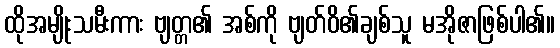
ထိုအမျိုးသမီးကား ဗျတ္တ၏ အစ်ကို ဗျတ်ဝိ၏ချစ်သူ မအိုဇာဖြစ်ပါ၏။